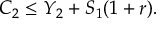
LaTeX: C _ { 2 } \leq Y _ { 2 } + S _ { 1 } ( 1 + r ) .